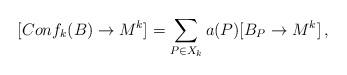
LaTeX: \begin{align*} [Conf_k(B)\to M^k]=\sum_{P\in X_k}a(P)[B_P\to M^k] \,,\end{align*}